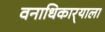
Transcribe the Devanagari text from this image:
वनाधिकार्‍याला